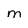
Character: M